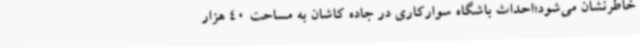
خاطرنشان می‌شود؛احداث باشگاه سوارکاری در جاده کاشان به مساحت 40 هزار